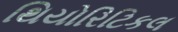
થિયોરિટિકલ